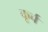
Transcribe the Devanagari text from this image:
कूर्च